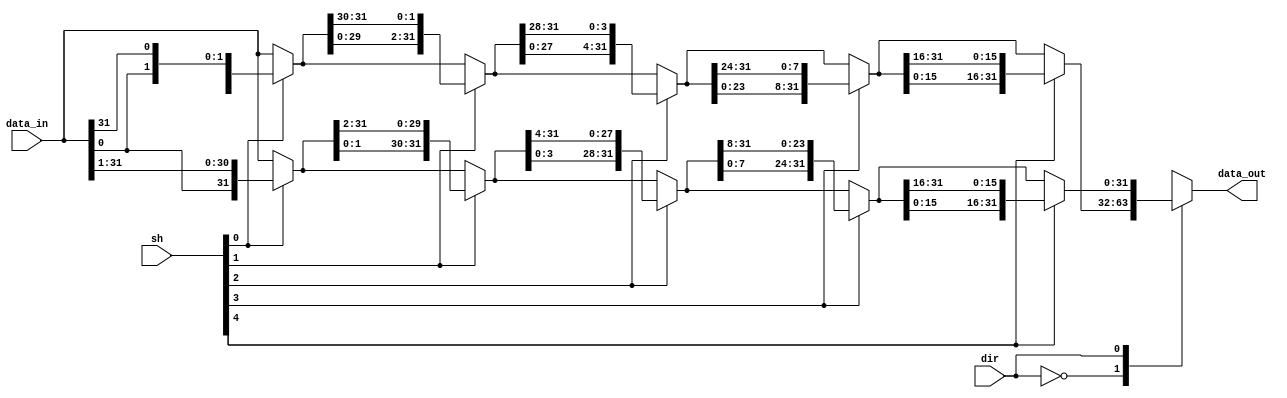
// *********************************************************************************
// Create       : 2023-12-05 16:56
// *********************************************************************************
// Description  : 
//                add_tc_16_16
//==================================================================================
// Revision History:
// Date         By              Revision        Change Description
//----------------------------------------------------------------------------------
// 2023-12-05   huzhengxuan        1.0             Original
//==================================================================================

module bsh_32 (
    input [31:0] data_in,
    input dir,
    input [4:0] sh,
    output [31:0] data_out
);

    reg [31:0] out;

    always @(*) begin
        case(dir)
            1'b0: begin
                out = sh[0] ? {data_in[30:0], data_in[31]} : data_in;
                out = sh[1] ? {out[29:0], out[31:30]} : out;
                out = sh[2] ? {out[27:0], out[31:28]} : out;
                out = sh[3] ? {out[23:0], out[31:24]} : out;
                out = sh[4] ? {out[15:0], out[31:16]} : out;
            end
            1'b1:begin
                out = sh[0] ? {data_in[0], data_in[31:1]} : data_in;
                out = sh[1] ? {out[1:0], out[31:2]} : out;
                out = sh[2] ? {out[3:0], out[31:4]} : out;
                out = sh[3] ? {out[7:0], out[31:8]} : out;
                out = sh[4] ? {out[15:0], out[31:16]} : out;
            end
        endcase
    end

    assign data_out = out;

endmodule